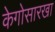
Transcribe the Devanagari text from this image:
केगोसारखा